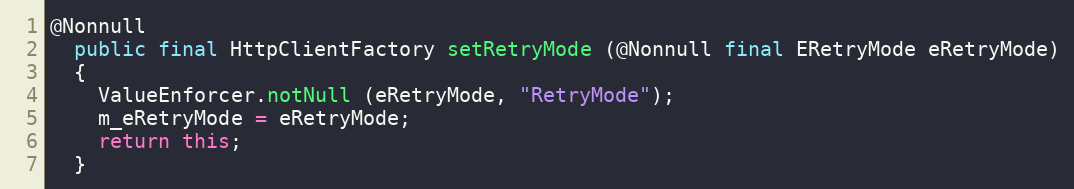
Language: Java
@Nonnull
  public final HttpClientFactory setRetryMode (@Nonnull final ERetryMode eRetryMode)
  {
    ValueEnforcer.notNull (eRetryMode, "RetryMode");
    m_eRetryMode = eRetryMode;
    return this;
  }